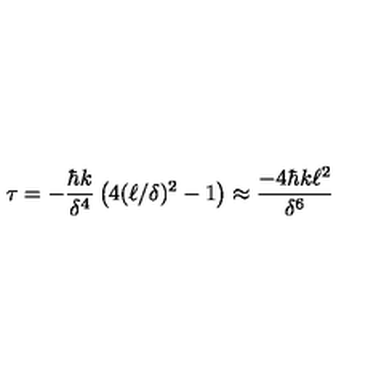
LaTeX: \tau = - { \frac { \hbar k } { \delta ^ { 4 } } } \left( 4 ( \ell / \delta ) ^ { 2 } - 1 \right) \approx { \frac { - 4 \hbar k \ell ^ { 2 } } { \delta ^ { 6 } } }